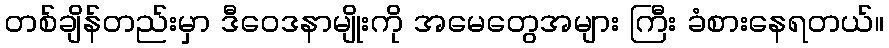
တစ်ချိန်တည်းမှာ ဒီဝေဒနာမျိုးကို အမေတွေအများ ကြီး ခံစားနေရတယ်။